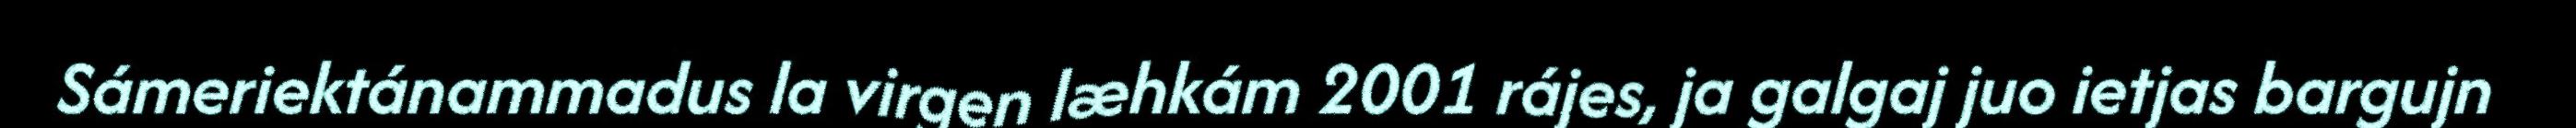
Sámeriektánammadus la virgen læhkám 2001 rájes, ja galgaj juo ietjas bargujn